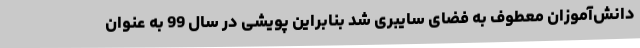
دانش‌آموزان معطوف به فضای سایبری شد بنابراین پویشی در سال 99 به عنوان